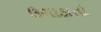
ઉગાડાતો